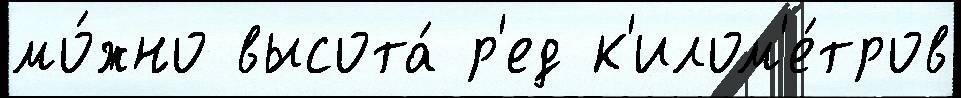
мо́жно высота́ р'ед к'илом'е́тров